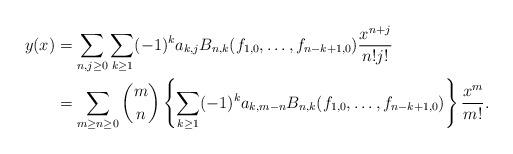
LaTeX: \begin{align*}y(x)&=\sum_{n,j\geq0}\sum_{k\geq1}(-1)^{k}a_{k,j}B_{n,k}(f_{1,0},\ldots,f_{n-k+1,0})\frac{x^{n+j}}{n!j!}\\ &=\sum_{m\geq n\geq 0}\binom{m}{n}\left\{\sum_{k\geq1}(-1)^{k}a_{k,m-n}B_{n,k}(f_{1,0},\ldots,f_{n-k+1,0})\right\}\frac{x^m}{m!}. \end{align*}